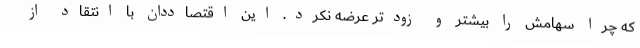
که چرا سهامش را بیشتر و زودتر عرضه نکرد. این اقتصاددان با انتقاد از